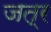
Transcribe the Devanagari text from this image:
जत्र